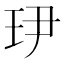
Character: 𤣹